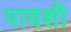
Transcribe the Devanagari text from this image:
पावशी